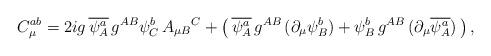
LaTeX: \begin{align*}C_{\mu}^{ab} = 2ig \, \overline{\psi_A^a} \, g^{AB} \psi_C^b \, {A_{\mu B}}^C + \left( \, \overline{\psi_A^a} \, g^{AB} \, (\partial_{\mu} \psi_B^b) + \psi_B^b \, g^{AB} \, (\partial_{\mu} \overline{\psi_A^a}) \, \right),\end{align*}